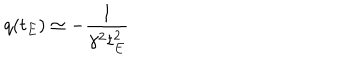
LaTeX: q ( t _ { E } ) \simeq - \frac { 1 } { \gamma ^ { 2 } t _ { E } ^ { 2 } }